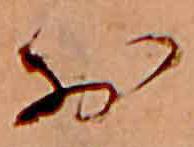
お